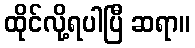
ထိုင်လို့ရပါပြီ ဆရာ။